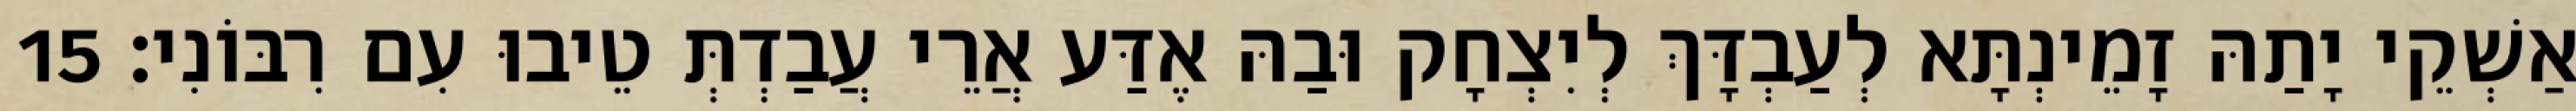
אַשְׁקֵי יָתַהּ זָמֵינְתָּא לְעַבְדָּךְ לְיִצְחָק וּבַהּ אֶדַּע אֲרֵי עֲבַדְתְּ טֵיבוּ עִם רִבּוֹנִי׃ 15